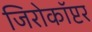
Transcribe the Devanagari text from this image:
जिरोकॉप्टर